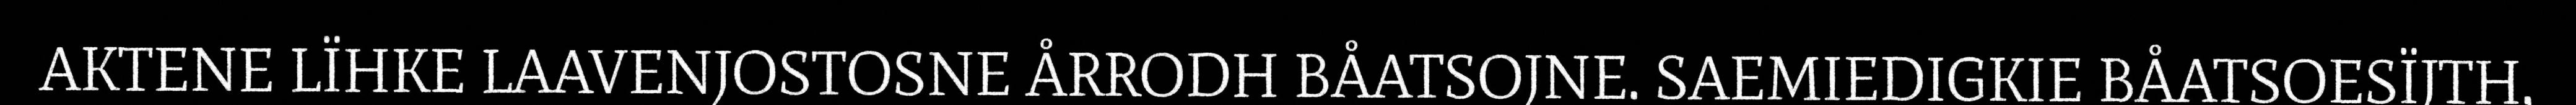
AKTENE LÏHKE LAAVENJOSTOSNE ÅRRODH BÅATSOJNE. SAEMIEDIGKIE BÅATSOESÏJTH,